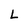
Character: L